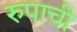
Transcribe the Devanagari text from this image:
रुपाची